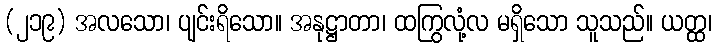
(၂၁၉) အလသော၊ ပျင်းရိသော။ အနုဋ္ဌာတာ၊ ထကြွလုံ့လ မရှိသော သူသည်။ ယတ္ထ၊